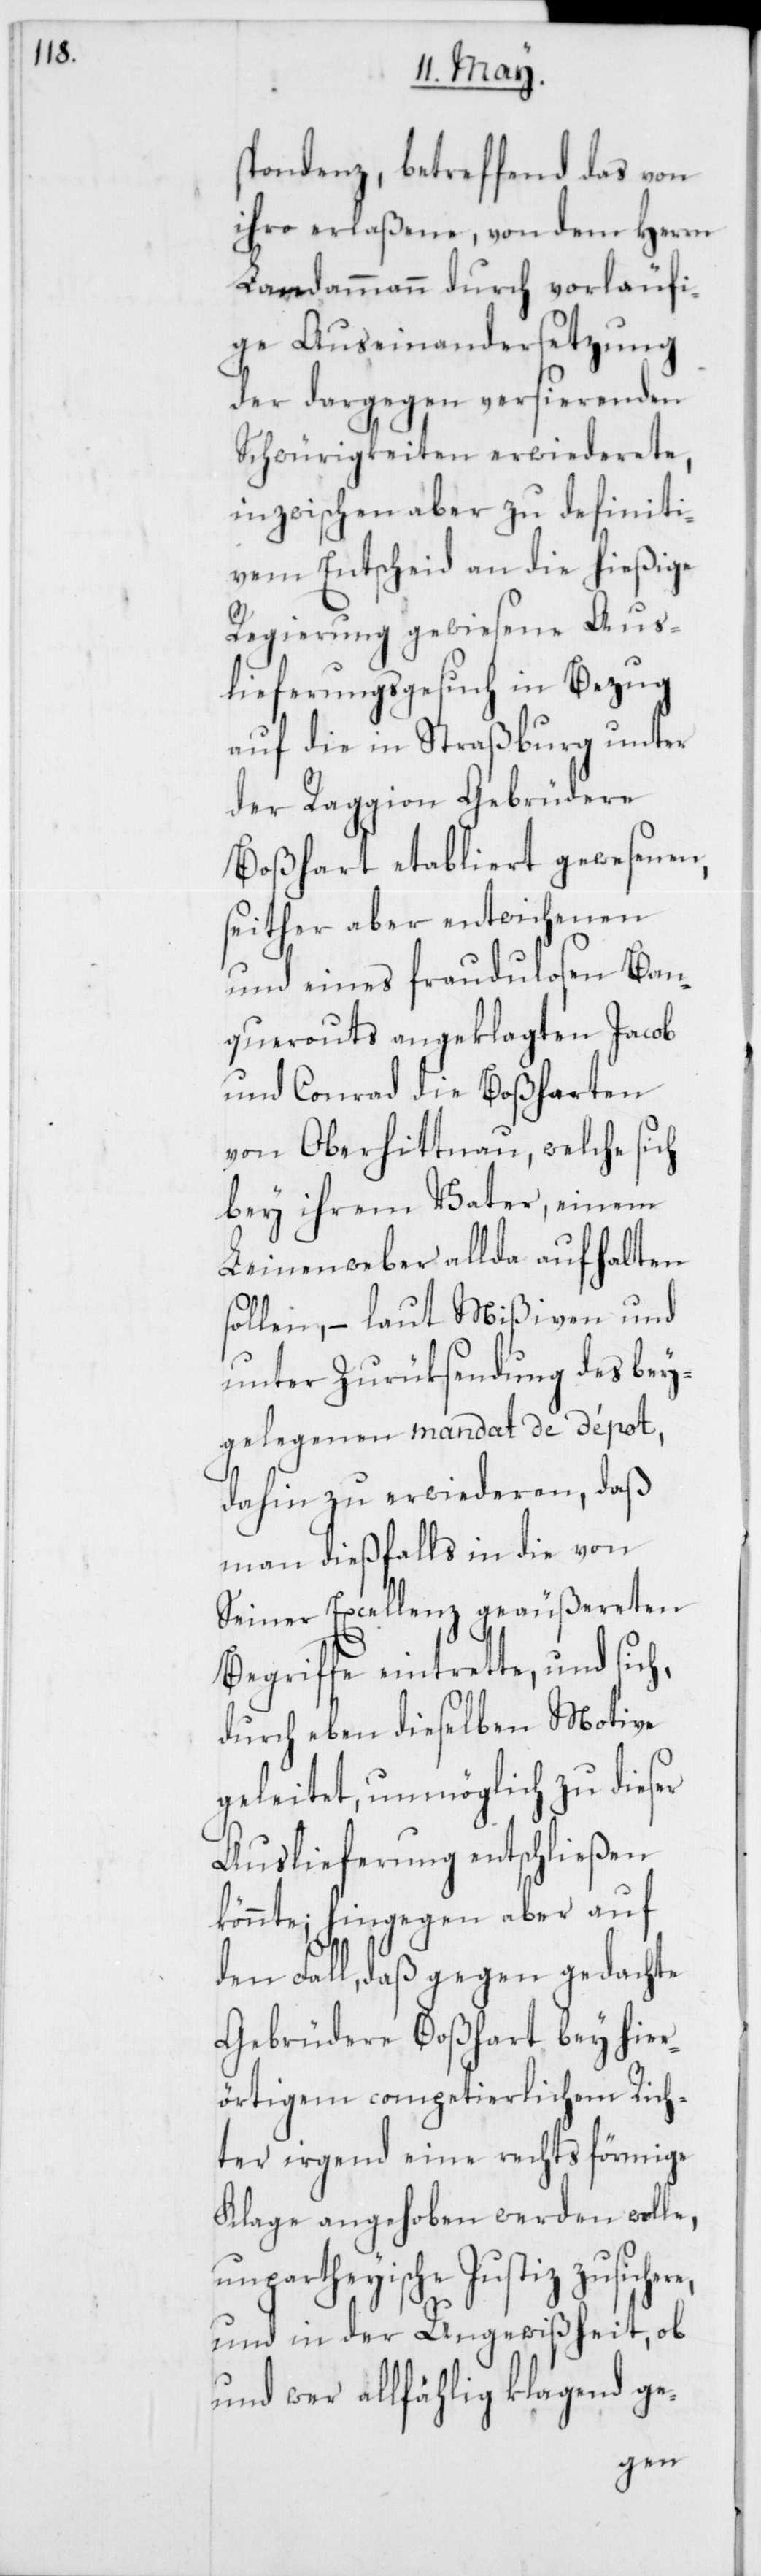
spondenz, betreffend das von
ihro erlaßene, von dem Herrn
Landammann durch vorläufi¬
ge Auseinandersetzung
der dagegen versierenden
Schwürigkeiten erwiederete,
inzwischen aber zu definiti¬
vem Entscheid an die hießige
Regierung gewiesene Aus¬
lieferungsgesuch in Bezug
auf die in Straßburg unter
der Raggion Gebrüdere
Boßhart etabliert gewesenen,
seither aber entwichenen
und eines fraudulosen Ban¬
querouts angeklagten Jacob
und Conrad die Boßharten
von Oberhittnau, welche sich
bey ihrem Vater, einem
Leinenweber allda aufhalten
sollen, – laut Mißiven und
unter Zurüksendung des bey¬
gelegenen mandat de dépot,
dahin zu erwiederen, daß
man dießfalls in die von
Seiner Excellenz geäußereten
Begriffe eintrette, und sich,
durch eben dieselben Motive
geleitet, unmöglich zu dieser
Auslieferung entschließen
könnte; hingegen aber auf
den Fall, daß gegen gedachte
Gebrüdere Boßhart bey hier¬
örtigem competierlichen Rich¬
ter irgend eine rechtsförmige
Klage angehoben werden wolle,
unpartheyische Justiz zusichere,
und in der Ungewißheit, ob
und wer allfählig klagend ge-